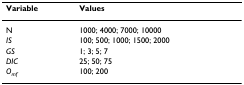
| Variable | Values |
 | --- | --- |
 | N | 1000; 4000; 7000; 10000 |
 | IS | 100; 500; 1000; 1500; 2000 |
 | GS | 1; 3; 5; 7 |
 | DIC | 25; 50; 75 |
 | Omf | 100; 200 |